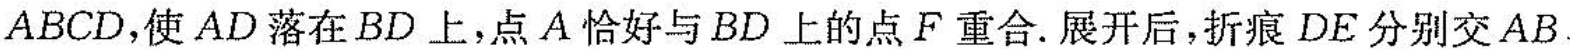
ABCD，使AD落在BD上，点A恰好与BD上的点F重合。展开后，折痕DE分别交AB、